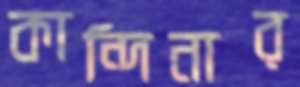
কান্দিনার